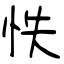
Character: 怢